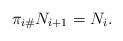
LaTeX: \begin{align*} \pi_{i\#}N_{i+1}=N_i. \end{align*}